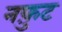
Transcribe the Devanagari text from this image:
नफ़ुट